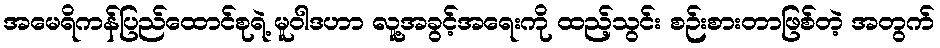
အမေရိကန်ပြည်ထောင်စုရဲ့ မူဝါဒဟာ လူ့အခွင့်အရေးကို ထည့်သွင်း စဉ်းစားတာဖြစ်တဲ့ အတွက်